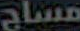
مساج